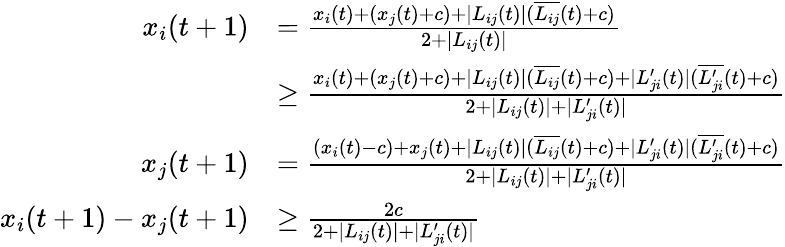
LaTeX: \begin{array}{rl}{x_{i}(t+1)}&{=\frac{x_{i}(t)+(x_{j}(t)+c)+|L_{ij}(t)|(\overline{{L_{ij}}}(t)+c)}{2+|L_{ij}(t)|}}\\ &{\geq\frac{x_{i}(t)+(x_{j}(t)+c)+|L_{ij}(t)|(\overline{{L_{ij}}}(t)+c)+|L_{ji}^{\prime}(t)|(\overline{{L_{ji}^{\prime}}}(t)+c)}{2+|L_{ij}(t)|+|L_{ji}^{\prime}(t)|}}\\ {x_{j}(t+1)}&{=\frac{(x_{i}(t)-c)+x_{j}(t)+|L_{ij}(t)|(\overline{{L_{ij}}}(t)+c)+|L_{ji}^{\prime}(t)|(\overline{{L_{ji}^{\prime}}}(t)+c)}{2+|L_{ij}(t)|+|L_{ji}^{\prime}(t)|}}\\ {x_{i}(t+1)-x_{j}(t+1)}&{\geq\frac{2c}{2+|L_{ij}(t)|+|L_{ji}^{\prime}(t)|}}\end{array}